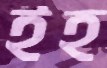
ইহ